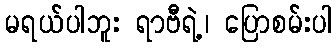
မရယ်ပါဘူး ရာဗီရဲ့၊ ပြောစမ်းပါ